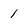
Character: 1